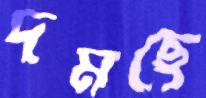
দমছে